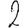
Digit: 2